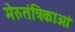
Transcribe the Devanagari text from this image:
मेरुतंत्रिकाओं